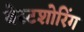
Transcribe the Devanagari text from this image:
बेस्टशोरिंग